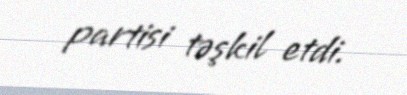
partisi təşkil etdi.